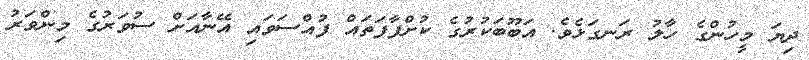
ދިޔަ މީހުންގެ ހާލު ރަނގަޅެވެ. އަބޫބަކުރުގެ ކުށްފާފަތައް ފުއްސަވައި އޭނާއަށް ސުވަރުގެ މިންވަރު